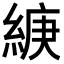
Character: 𦁶